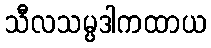
သီလသမ္ပဒါကထာယ